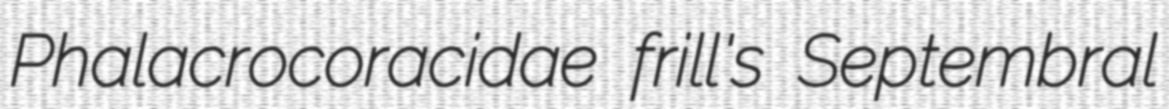
Phalacrocoracidae frill's Septembral